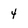
Character: 4